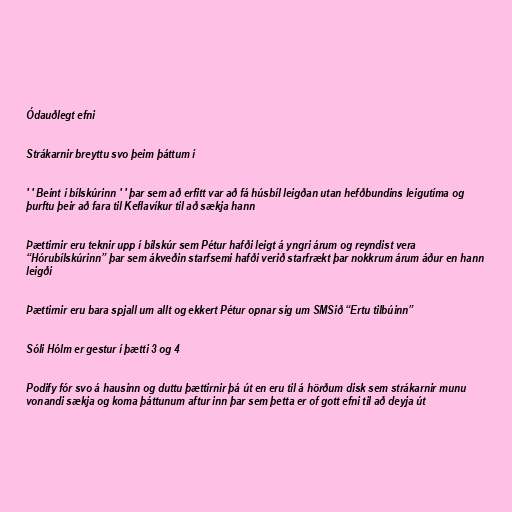
Ódauðlegt efni

Strákarnir breyttu svo þeim þáttum í

' ' Beint í bílskúrinn ' ' þar sem að erfitt var að fá húsbíl leigðan utan hefðbundins leigutíma og
þurftu þeir að fara til Keflavíkur til að sækja hann

Þættirnir eru teknir upp í bílskúr sem Pétur hafði leigt á yngri árum og reyndist vera
“Hórubílskúrinn” þar sem ákveðin starfsemi hafði verið starfrækt þar nokkrum árum áður en hann
leigði

Þættirnir eru bara spjall um allt og ekkert Pétur opnar sig um SMSið “Ertu tilbúinn”

Sóli Hólm er gestur í þætti 3 og 4

Podify fór svo á hausinn og duttu þættirnir þá út en eru til á hörðum disk sem strákarnir munu
vonandi sækja og koma þáttunum aftur inn þar sem þetta er of gott efni til að deyja út